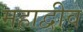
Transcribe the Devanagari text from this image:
महाद्वीव